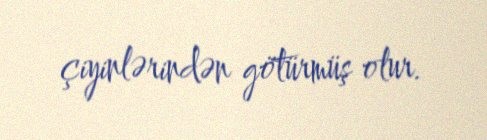
çiyinlərindən götürmüş olur.